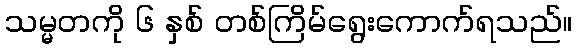
သမ္မတကို ၆ နှစ် တစ်ကြိမ်ရွေးကောက်ရသည်။